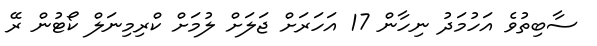
ސާބިތުވެ އަހުމަދު ނިހާން 17 އަހަރަށް ޖަލަށް ލުމަށް ކްރިމިނަލް ކޯޓުން ރޭ